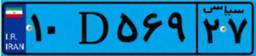
۱۰D۵۶۹۲۷